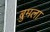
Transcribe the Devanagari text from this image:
बुमला